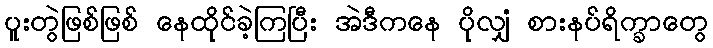
ပူးတွဲဖြစ်ဖြစ် နေထိုင်ခဲ့ကြပြီး အဲဒီကနေ ပိုလျှံ စားနပ်ရိက္ခာတွေ